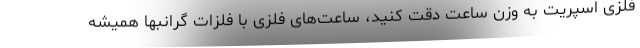
فلزی اسپریت به وزن ساعت دقت کنید، ساعت‌های فلزی با فلزات گرانبها همیشه